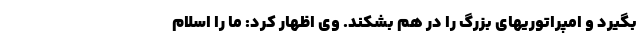
بگیرد و امپراتوریهای بزرگ را در هم بشکند. وی اظهار کرد: ما را اسلام